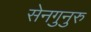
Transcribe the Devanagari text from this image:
सेनगुनुरु